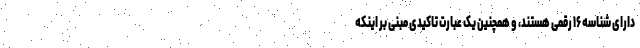
دارای شناسه ۱۶‌ رقمی هستند، و همچنین یک عبارت تاکیدی مبنی بر اینکه